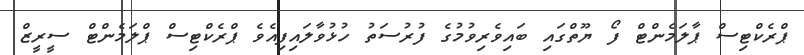
ޕްރެކްޓިސް ޕާލަމެންޓް ފޯ ޔޫތްގައި ބައިވެރިވުމުގެ ފުރުސަތު ހުޅުވާލައިފިއެވެ ޕްރެކްޓިސް ޕްލަމެންޓް ސީރީޒް